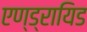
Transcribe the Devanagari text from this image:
एण्ड्रायिड